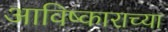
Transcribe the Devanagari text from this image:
आविष्काराच्या